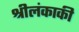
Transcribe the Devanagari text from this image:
श्रीलंकाकी